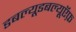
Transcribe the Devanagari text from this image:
डबल्यूडबल्यूऍफ़